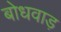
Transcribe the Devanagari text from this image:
बोधवाड़